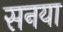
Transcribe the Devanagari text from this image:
सनया